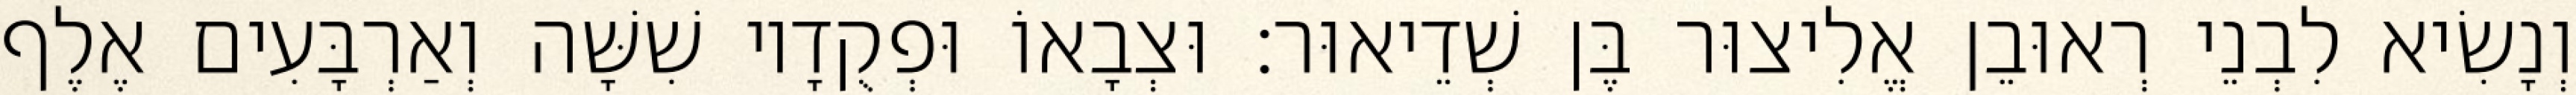
וְנָשִׂיא לִבְנֵי רְאוּבֵן אֱלִיצוּר בֶּן שְׁדֵיאוּר׃ וּצְבָאוֹ וּפְקֻדָיו שִׁשָּׁה וְאַרְבָּעִים אֶלֶף